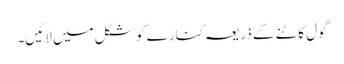
گول کاٹنے کے ذریعہ کنارے کو شکل میں لائیں۔